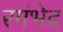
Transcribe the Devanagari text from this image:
रगंभेद